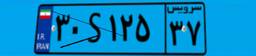
۳۰S۱۲۵۳۷